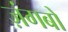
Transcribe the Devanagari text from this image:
ज़ंगबो